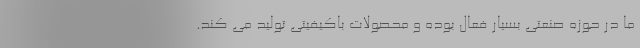
ما در حوزه صنعتی بسیار فعال بوده و محصولات باکیفیتی تولید می کند.